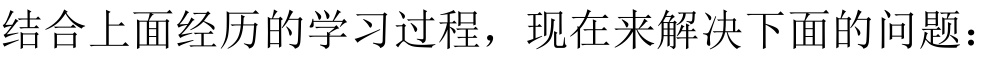
结合上面经历的学习过程，现在来解决下面的问题：